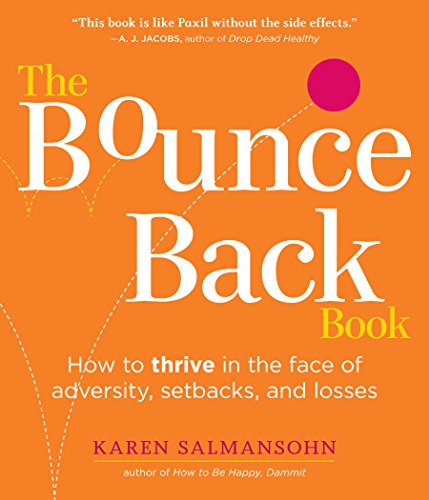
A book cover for The Bounce Back Book: How to Thrive in the Face of Adversity, Setbacks, and Losses; Karen Salmansohn; Humor & Entertainment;